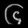
Digit: ၆